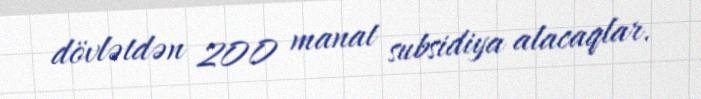
dövlətdən 200 manat subsidiya alacaqlar.